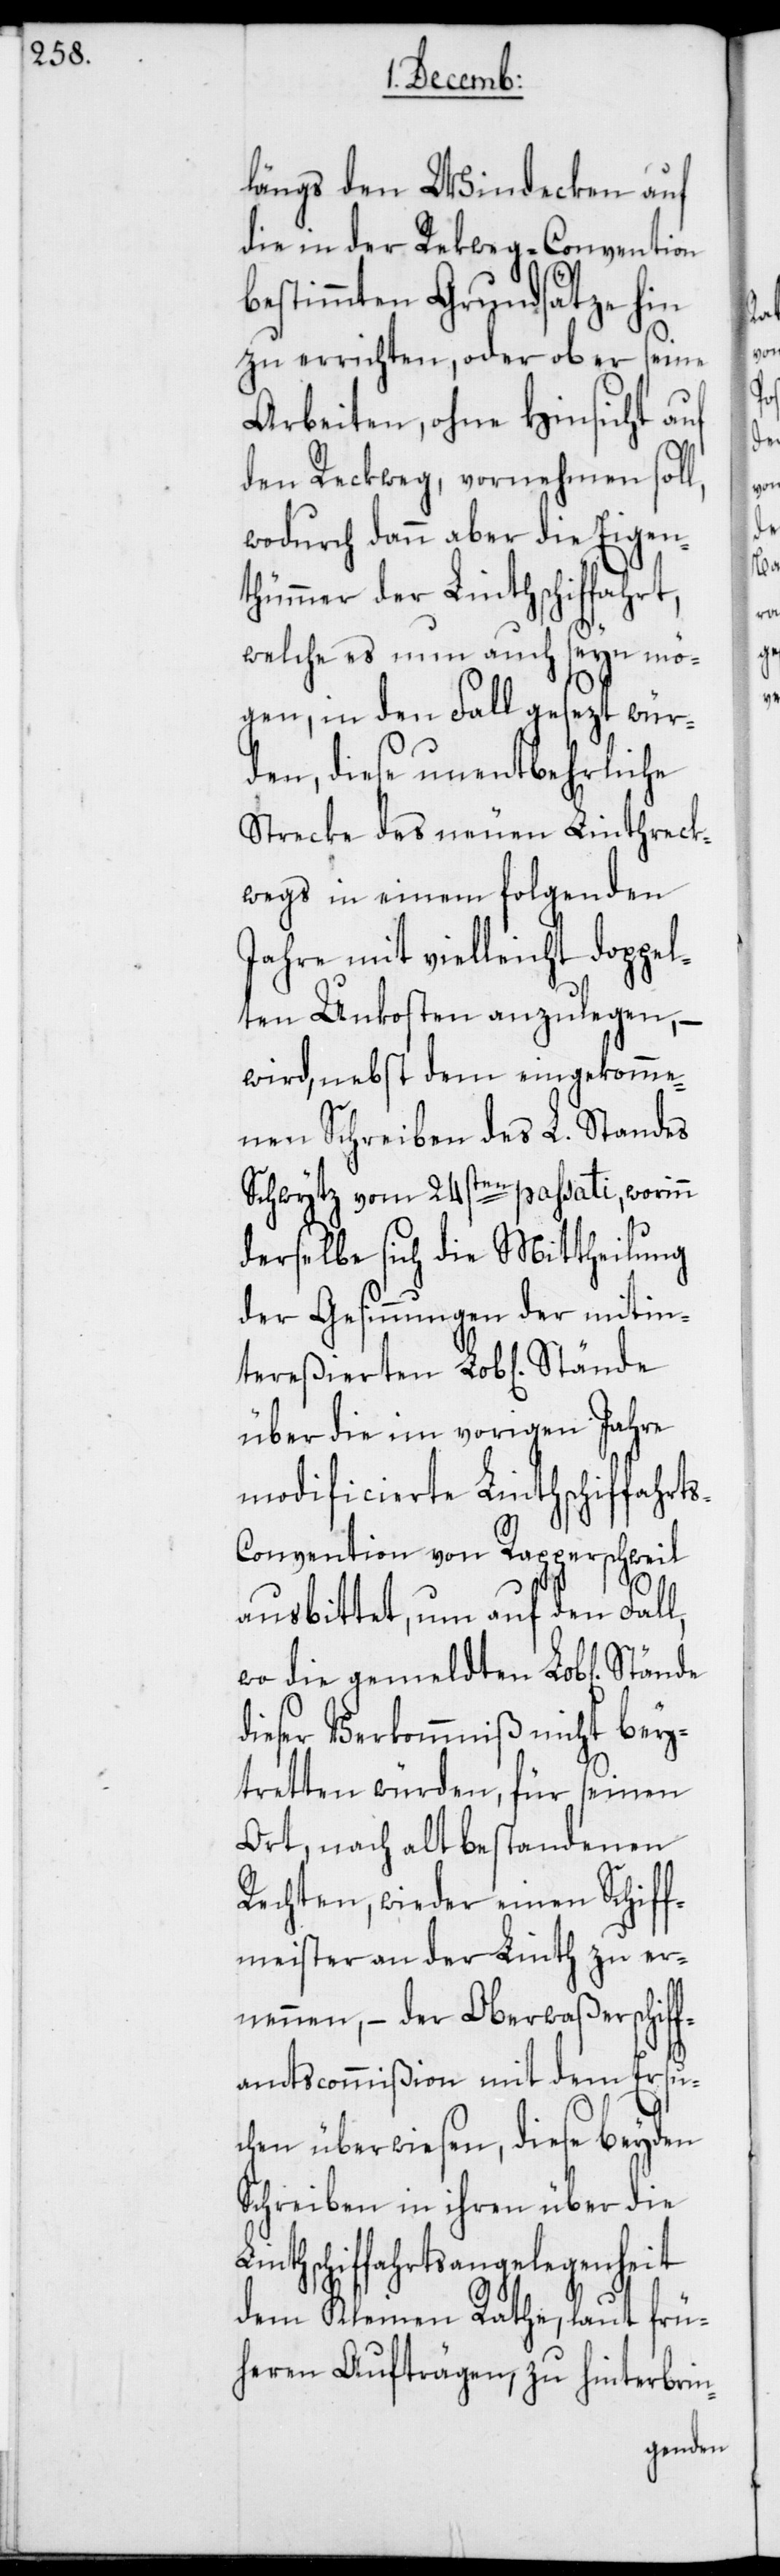
Li¬

tereßierten
längs den Windecken auf
die in der Rekweg-Convention
bestimmten Grundsätze hin
zu errichten, oder ob er seine
Arbeiten, ohne Hinsicht auf
den Reckweg, vornehmen soll,
wodurch dann aber die Eigen¬
thümmer der Linthschiffahrt,
welche es nun auch seyn mö¬
gen, in den Fall gesezt wür¬
den, diese unentbehrliche
Strecke des neuen Linthreck¬
wegs in einem folgenden
Jahre mit vielleicht doppel¬
ten Unkosten anzulegen, –
wird, nebst dem eingekomme¬
nen Schreiben des L. Standes
Schwytz vom 24sten passati, worinn
derselbe sich die Mittheilung
der Gesinnungen der mitin¬
über die im vorigen Jahre
modificierte Linthschiffahrt¬
s-Convention von Rapperschweil
ausbittet, um auf den Fall,
wo die gemeldten Lob[lichen]
dieser Verkommniß nicht bey¬
tretten würden, für seinen
Ort, nach alt bestandenen
Rechten, wieder einen Schiff¬
meister an der Linth zu er¬
nennen, – der Oberwaßerschiff¬
amtscommißion mit dem Ersu¬
chen überwiesen, diese beyden
Schreiben in ihren über die
nthschiffahrtsangelegenheit
dem Kleinen Rathe, laut frü¬
heren Aufträgen, zu hinterbrin-